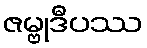
ဇမ္ဗုဒီပဿ